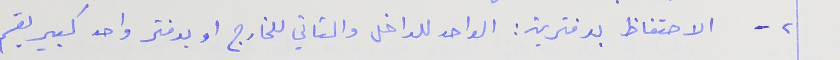
٢ - الاحتفاظ بدفترين : الواحد للداخل والثاني للخارج او بدفتر واحد كبير يقسم